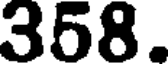
358.